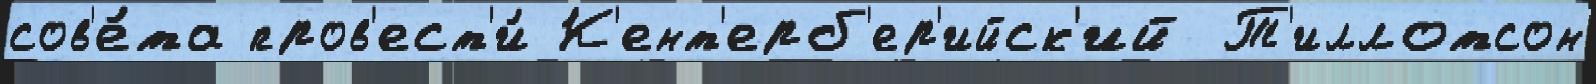
сов'е́та пров'ест'и́ К'ент'ерб'ер'ийск'ий Т'иллотсон